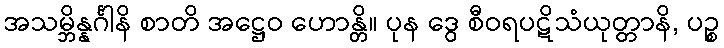
အသမ္ဘိန္နင်္ဂါနိ စာတိ အဋ္ဌေဝ ဟောန္တိ။ ပုန ဒွေ စီဝရပဋိသံယုတ္တာနိ, ပဉ္စ